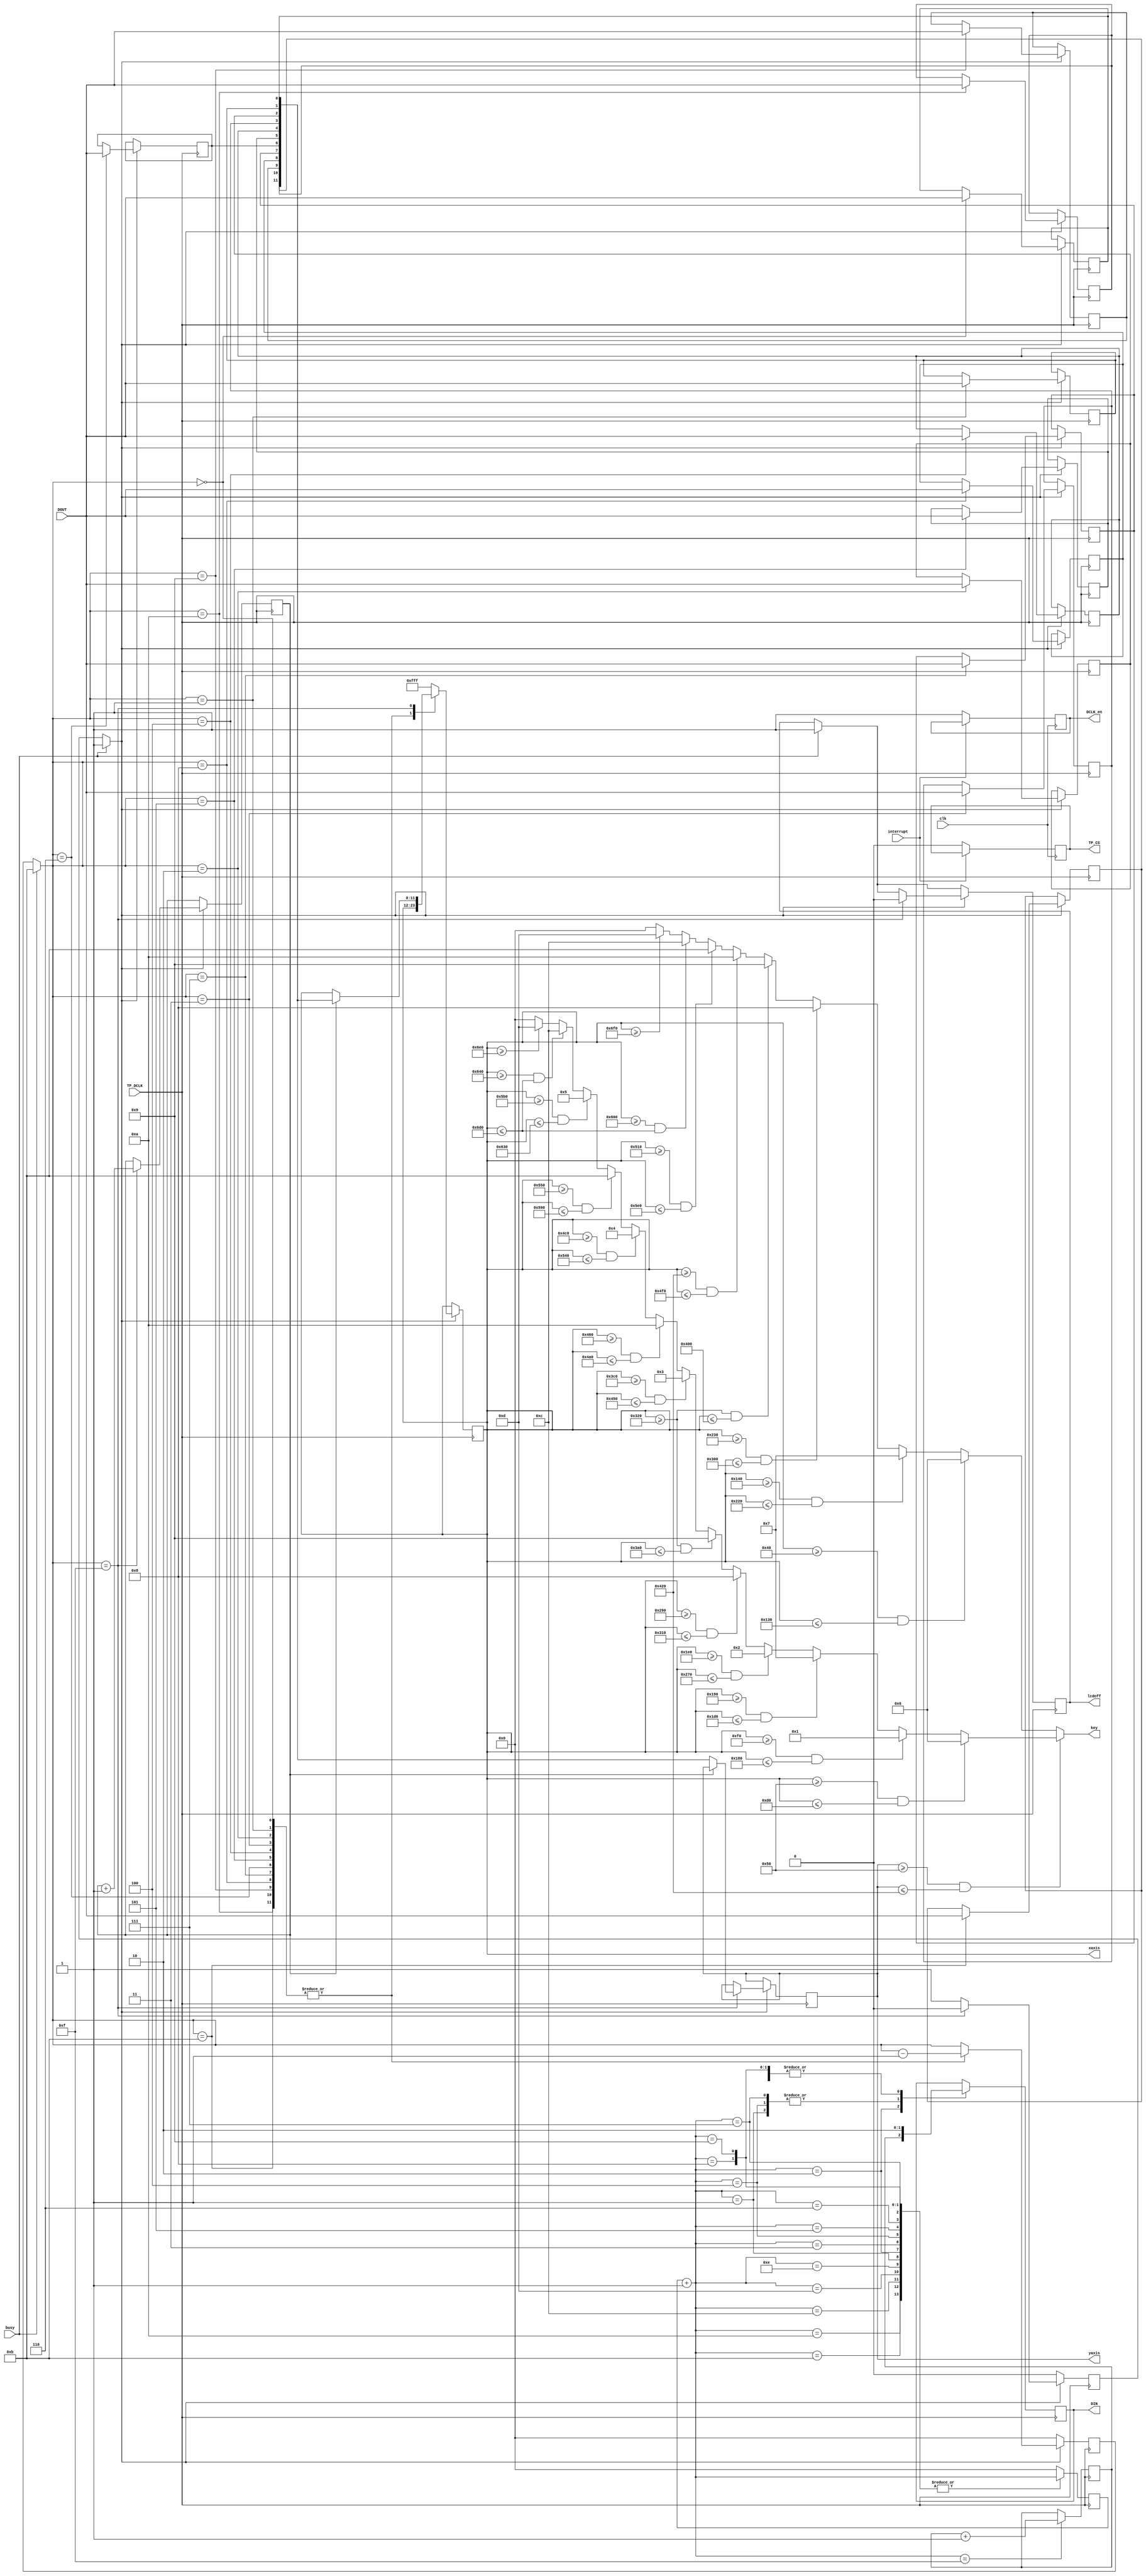
`timescale 1ns / 1ps
//////////////////////////////////////////////////////////////////////////////////
// Company: 
// Engineer: 
// 
// Design Name: 
// Module Name:    axis 
// Project Name: 
// Target Devices: 
// Tool versions: 
// Description: 
//
// Dependencies: 
//
// Revision: 
// Revision 0.01 - File Created
// Additional Comments: 
//
//////////////////////////////////////////////////////////////////////////////////
module axis(input busy,interrupt,TP_DCLK,DOUT,clk,output reg DCLK_en,lcdoff,DIN,TP_CS,output reg [3:0]key,
output reg [11:0]xaxis,yaxis

    );

//reg [11:0]xaxis,yaxis;
reg [3:0]c,count;
reg x;
reg y;
reg x12,x11,x10,x9,x8,x7,x6,x5,x4,x3,x2,x1;
reg write;

initial begin 
TP_CS =1;

x=0;y=0;
count =4'b0;
DIN=0;
DCLK_en=0;
write =0;

end

always@(posedge clk)
begin
if(interrupt==0)begin
TP_CS=0;DCLK_en=1;end

end

always@(negedge TP_DCLK)
begin

count = count+1'b1;
case(count)
1:DIN = 1;
2:DIN = x;
3:DIN = 0;
4:DIN = 1;
5:DIN = 0;
6:DIN = 0;
7:DIN = 1;
8:DIN = 0;
9:DIN = 0;
10:;
11:;
12:;
13:;
14:;
15:begin count=0;x=x+1'b1;end
default:count=0;
endcase
end


always@(negedge TP_DCLK)
begin
if(busy)begin c=4'd11; y=1;lcdoff=1;end
if(y)begin
case(c)
11:begin x12 = DOUT; c =c-1'b1;end
10:begin x11 = DOUT; c =c-1'b1;end
9:begin x10 = DOUT; c =c-1'b1;end
8:begin x9 = DOUT; c =c-1'b1;end
7:begin x8 = DOUT; c =c-1'b1;end
6:begin x7 = DOUT; c =c-1'b1;end
5:begin x6 = DOUT; c =c-1'b1;end
4:begin x5 = DOUT; c =c-1'b1;end
3:begin x4 = DOUT; c =c-1'b1;end
2:begin x3 = DOUT; c =c-1'b1;end
1:begin x2 = DOUT; c =c-1'b1;end
0:begin x1 = DOUT; c =c-1'b1;end
15:begin if(write)xaxis ={x12,x11,x10,x9,x8,x7,x6,x5,x4,x3,x2,x1}; 
			else yaxis ={x12,x11,x10,x9,x8,x7,x6,x5,x4,x3,x2,x1};
			y=0;lcdoff=0;write=write+1'b1;end
default: xaxis =12'hfff;
endcase
end
else c=0;
end


always@(xaxis,yaxis)
begin
/////////////////////////black keys///////////////////////////////////////

if(yaxis>=12'h050 & yaxis <=12'h420)begin // 
if(xaxis >=12'h050 & xaxis <=12'h0d0 )
key=6;
else if(xaxis >=12'h0f0 & xaxis <=12'h180 )
	  key = 1;
     else if(xaxis >=12'h190 & xaxis <=12'h1d0 )
          key = 7;
          else if(xaxis >=12'h1e0 & xaxis <=12'h270 )
               key = 2;
               else if(xaxis >=12'h290 & xaxis <=12'h310 )
						  key = 8;
						  else if(xaxis >=12'h320 & xaxis <=12'h3a0 )
								 key =9;
								 else if(xaxis >=12'h3c0 & xaxis <=12'h450 )
										key =3;
										else if(xaxis >=12'h460 & xaxis <=12'h4a0 )
                                   key = 10;
											  else if(xaxis >=12'h4c0 & xaxis <=12'h540 )
                                        key = 4;
													 else if(xaxis >=12'h550 & xaxis <=12'h590 )
                                             key = 11;
															else if(xaxis >=12'h5b0 & xaxis <=12'h630 )
                                                  key = 5;
																  else if(xaxis >=12'h640 & xaxis <=12'h6d0 )
                                                       key = 12;
																		 else if(xaxis >=12'h6e0)
                                                             key = 13;
																				 else
																				 key = 0;
end

else
begin
	if(xaxis >=12'h040 & xaxis <=12'h130 )
	key =6;
	else if(xaxis >=12'h140 & xaxis <=12'h220 )
			key =7;
			else if(xaxis >=12'h230 & xaxis <=12'h300 )
               key = 8;
					else if(xaxis >=12'h320 & xaxis <=12'h400 )
                     key = 9;
							else if(xaxis >=12'h420 & xaxis <=12'h4f0 )
                          key = 10;
									else if(xaxis >=12'h510 & xaxis <=12'h5e0 )
                                 key = 11;
											else if(xaxis >=12'h600 & xaxis <=12'h6d0 )
                                       key = 12;
													else if(xaxis >=12'h6f0 )
                                             key =13;
															else key = 0;
end

end
endmodule